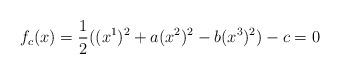
LaTeX: \begin{align*} f_c(x)=\frac{1}{2}((x^1)^2+a(x^2)^2-b(x^3)^2)-c=0\end{align*}